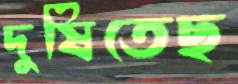
দুষিতেছ